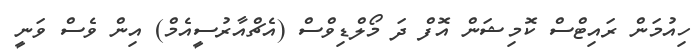
ހިއުމަން ރައިޓްސް ކޮމިޝަން އޮފް ދަ މޯލްޑިވްސް (އެޗްއާރުސީއެމް) އިން ވެސް ވަނީ